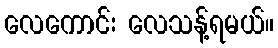
လေကောင်း လေသန့်ရမယ်။